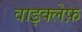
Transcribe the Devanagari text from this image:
वाइक्लेफ़